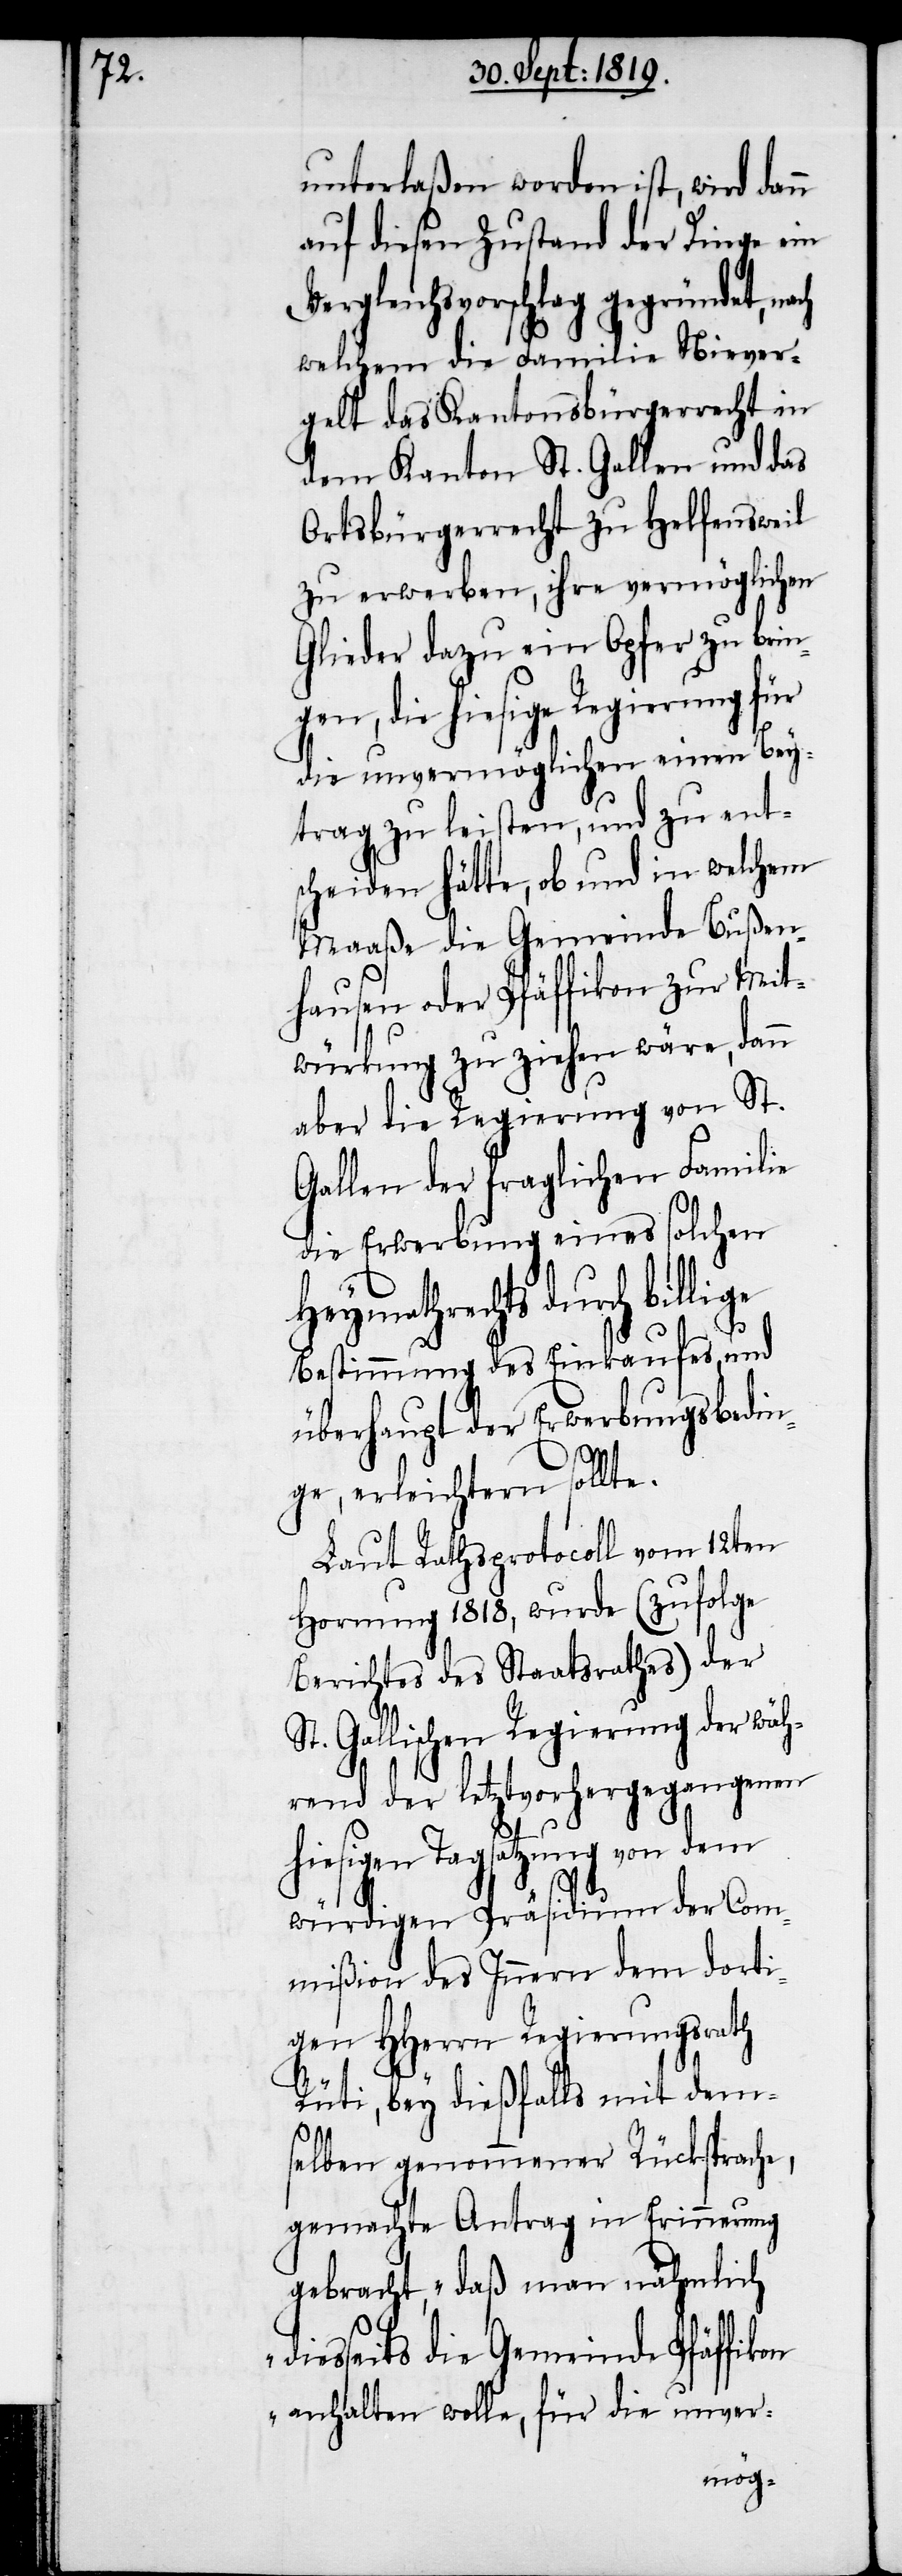
unterlaßen worden ist, wird dann
auf diesen Zustand der Dinge ein
Vergleichsvorschlag gegründet, na¬
welchem die Familie Niever¬
gelt das Kantonsbürgerrecht in
dem Kanton St. Gallen und das
Ortsbürgerrecht zu Helfensweil
zu erwerben, ihre vermöglichen
Glieder dazu ein Opfer zu brin¬
gen, die hiesige Regierung für
die unvermöglichen einen Bey¬
trag zu leisten, und zu ent¬
scheiden hätte, ob und in welchem
Maaße die Gemeinde Bußen¬
hausen oder Pfäffikon zur Mit¬
würkung zu ziehen wäre, dann
aber die Regierung von St.
Gallen der fraglichen Familie
die Erwerbung eines solchen
Heymathrechts durch billige
Bestimmung des Einkaufes und
überhaupt der Erwerbungsbedin¬
ge, erleichtern sollte.
Laut Rathsprotocoll vom 12ten
Hornung 1818, wurde (zufolge
Berichtes des Staatsrathes) der
St. Gallischen Regierung der wäh¬
rend der letztvorhergegangenen
hiesigen Tagsatzung von dem
d¬
würdigen Präsidium der Com¬
mißion des Innern dem dorti¬
gen HHerrn Regierungsrath
ch
Rüti, bey dießfalls mit dem¬
selben genommener Rücksprache,
gemachte Antrag in Erinnerung
gebracht, „daß man nähmlich
iesseits die Gemeinde Pfäffikon
anhalten wolle, für die unver-